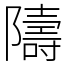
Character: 隯